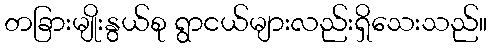
တခြားမျိုးနွယ်စု ရွာငယ်များလည်းရှိသေးသည်။